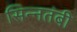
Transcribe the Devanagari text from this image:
सिन्नतंबी